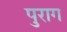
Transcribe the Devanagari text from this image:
पुराग